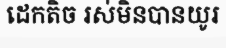
ដេកតិច រស់មិនបានយូរ